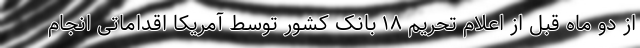
از دو ماه قبل از اعلام تحریم ۱۸ بانک کشور توسط آمریکا اقداماتی انجام